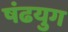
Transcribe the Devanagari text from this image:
षंढयुग